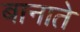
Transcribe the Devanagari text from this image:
बानाते